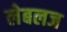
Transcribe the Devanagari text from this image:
लेबलज